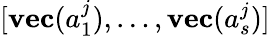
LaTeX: [\textbf{vec}(a_{1}^{j}),\dots,\textbf{vec}(a_{s}^{j})]